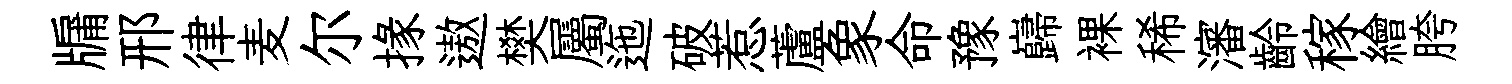
牖邢律麦尔掾遨樊屬迤破惹蘆象命豫巋裸稀瀋齡稼繪胯